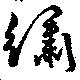
繡